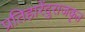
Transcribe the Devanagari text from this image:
प्रतिहारेंदुराजकृत